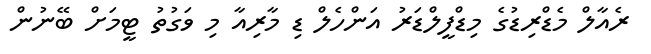
ރެއާލް މެޑްރިޑުގެ މިޑްފީލްޑަރު އަންހެލް ޑި މާރިއާ މި ވަގުތު ޓީމަށް ބޭނުން